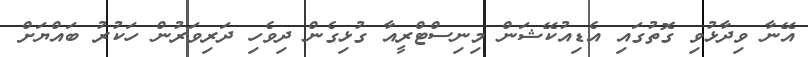
އޭނާ ވިދާޅުވި ގޮތުގައި އެޑިއުކޭޝަން މިނިސްޓްރީއާ ގުޅިގެން ދިވެހި ދަރިވަރުން ހަކުރު ބައްޔަށް